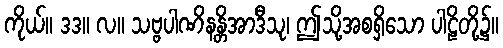
ကိုယ်။ ဒဒ။ လ။ သဗ္ဗပါဏိနန္တိအာဒီသု၊ ဤသို့အစရှိသော ပါဠိတို့၌။